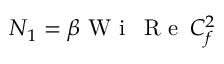
N _ { 1 } = \beta \textrm { W i } \, \textrm { R e } \, C _ { f } ^ { 2 }